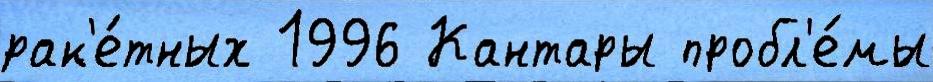
рак'е́тных 1996 Кантары пробл'е́мы